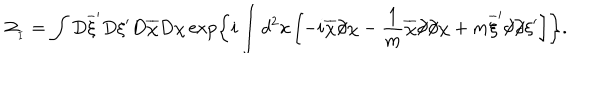
{ \cal Z } _ { _ I } = \int D \overline { { { \xi } } } ^ { \prime } D \xi ^ { \prime } D \overline { { { \chi } } } D \chi \exp \left\{ i \int d ^ { 2 } x \left[ - i \overline { { { \chi } } } \partial \! \! \! / \chi - \frac { 1 } { m } \overline { { { \chi } } } \partial \! \! \! / \partial \! \! \! / \chi + m \overline { { { \xi } } } ^ { \prime } \partial \! \! \! / \partial \! \! \! / \xi ^ { \prime } \right] \right\} .